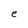
Character: e